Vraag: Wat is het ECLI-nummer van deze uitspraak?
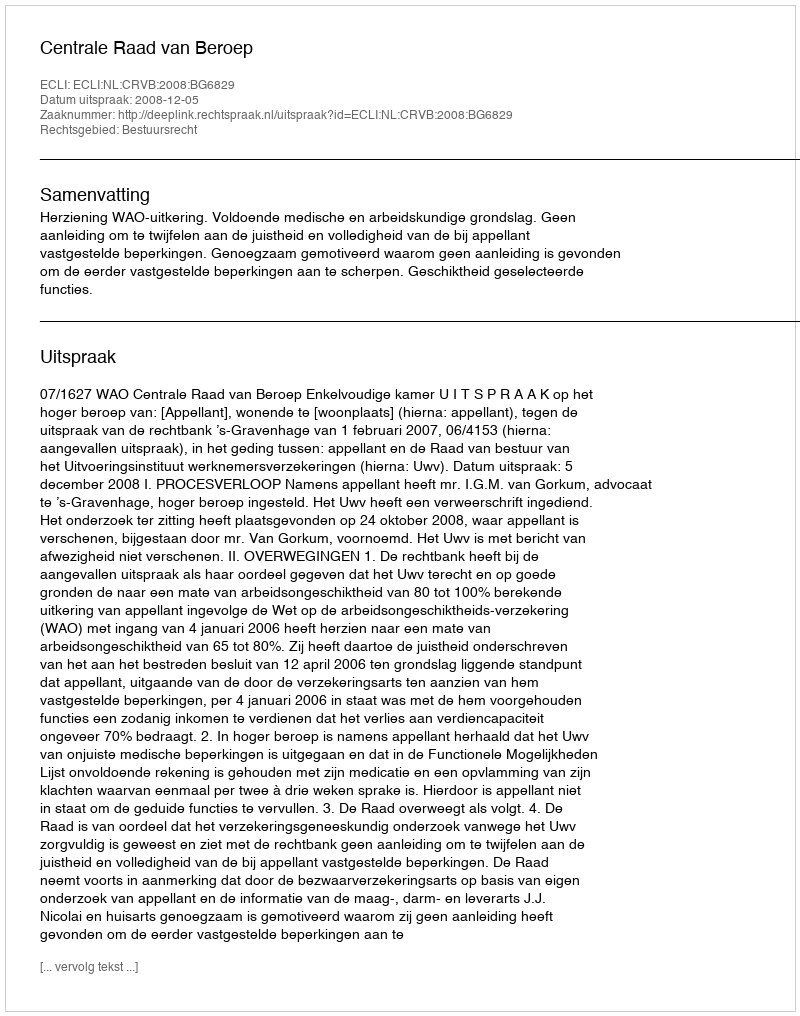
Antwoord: ECLI:NL:CRVB:2008:BG6829